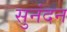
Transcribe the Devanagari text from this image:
सुनंदन